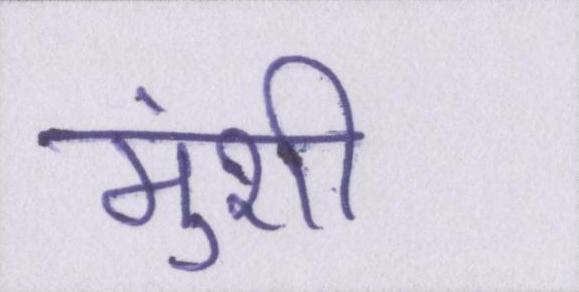
मुंशी